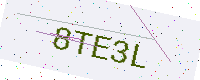
Text: 8TE3L